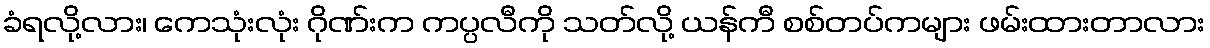
ခံရလို့လား၊ ကေသုံးလုံး ဂိုဏ်းက ကပ္ပလီကို သတ်လို့ ယန်ကီ စစ်တပ်ကများ ဖမ်းထားတာလား